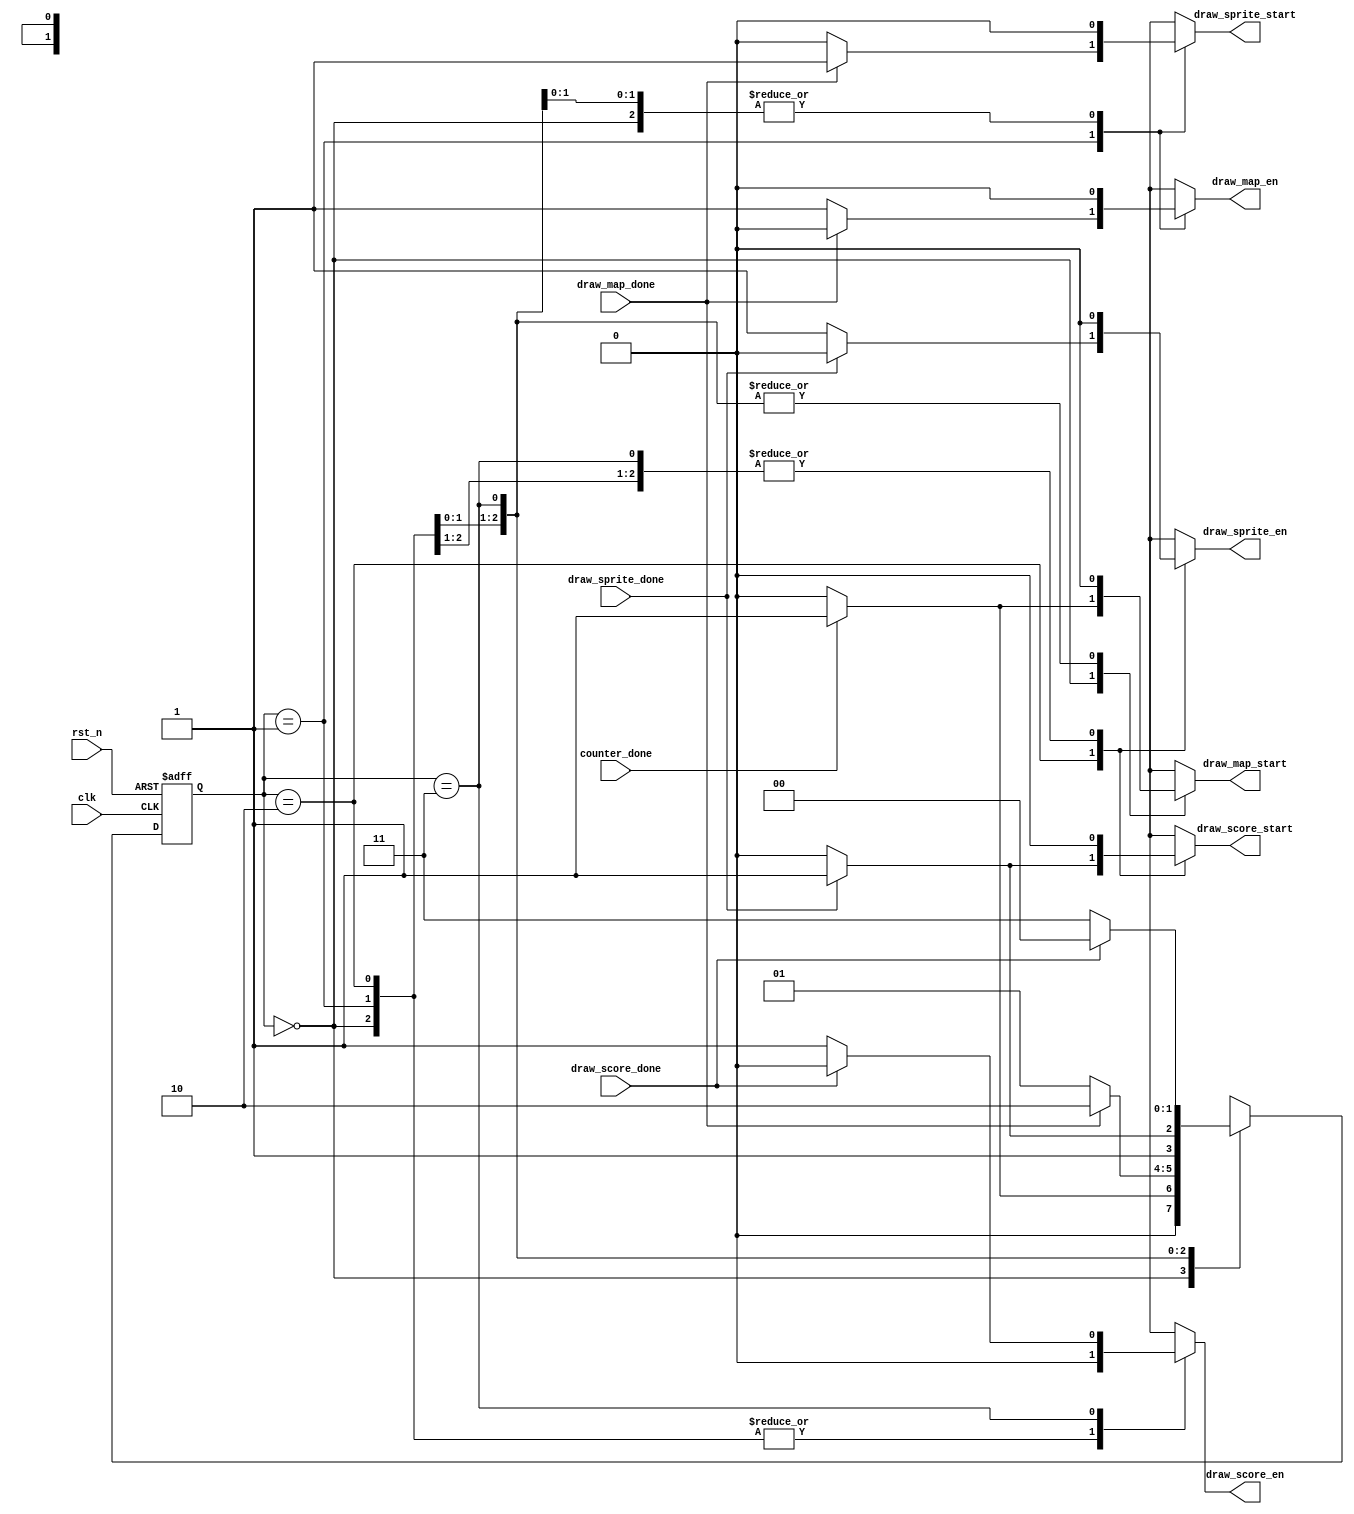
module spu_controller(
		input clk,
		input rst_n,
		input counter_done,
		input draw_map_done,
		input draw_sprite_done,
		input draw_score_done,
		output reg draw_map_start,
		output reg draw_sprite_start,
		output reg draw_score_start,
		output reg draw_map_en,
		output reg draw_sprite_en,
		output reg draw_score_en
		);

	localparam IDLE = 2'b00;
	localparam DRAW_MAP = 2'b01;
	localparam DRAW_SPRITE = 2'b10;
	localparam DRAW_SCORE = 2'b11;
	
	reg [1:0] state, nxt_state;
	
	always @ (posedge clk, negedge rst_n)
		if(!rst_n)
			state <= 0;
		else
			state <= nxt_state;
		
	always @ (*) begin
		draw_map_start = 0;
		draw_sprite_start = 0;
		draw_score_start = 0;
		draw_map_en = 0;
		draw_sprite_en = 0;
		draw_score_en = 0;
		nxt_state = IDLE;
		
		case(state)
			IDLE : begin
				if(counter_done) begin
					nxt_state = DRAW_MAP;
					draw_map_start = 1;
				end
			end
			DRAW_MAP : begin
				if(draw_map_done) begin
					nxt_state = DRAW_SPRITE;
					draw_sprite_start = 1;
				end
				else begin
					nxt_state = DRAW_MAP;
					draw_map_en = 1;
				end
			end
			DRAW_SPRITE : begin
				if(draw_sprite_done) begin
					nxt_state = DRAW_SCORE;
					draw_score_start = 1;
				end
				else begin
					nxt_state = DRAW_SPRITE;
					draw_sprite_en = 1;
				end
			end
			DRAW_SCORE : begin
				if(!draw_score_done) begin
					nxt_state = DRAW_SCORE;
					draw_score_en = 1;
				end
			end
		endcase
	end			

endmodule